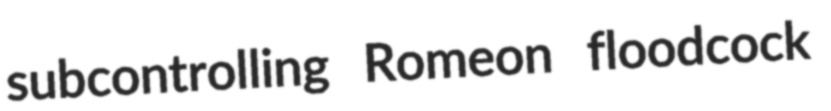
subcontrolling Romeon floodcock